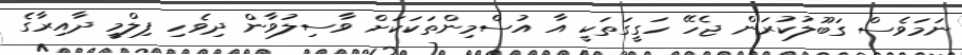
ނަމަވެސް ގަބޫލުކުރަން ޖެހޭ ހަގީގަތަކީ އާ އުސްމިންތަކަކަށް ވާސިލުވާން ދިވެހި ފިލްމީ ދާއިރާގެ